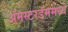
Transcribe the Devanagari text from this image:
अॅमस्टरडॅममध्ये